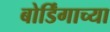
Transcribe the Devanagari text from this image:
बोर्डिंगाच्या